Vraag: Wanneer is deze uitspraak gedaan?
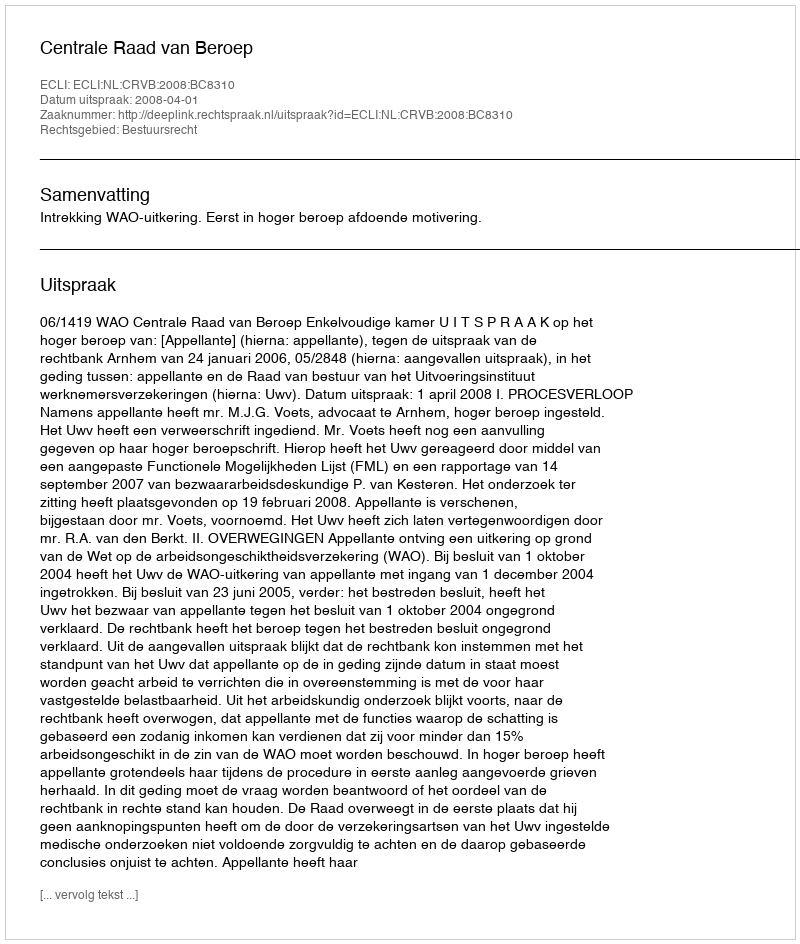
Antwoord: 2008-04-01